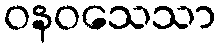
ဝနဝသေသာ